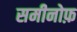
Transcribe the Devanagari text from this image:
समीनोफ़